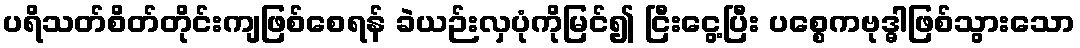
ပရိသတ်စိတ်တိုင်းကျဖြစ်စေရန် ခဲယဉ်းလှပုံကိုမြင်၍ ငြီးငွေ့ပြီး ပစ္စေကဗုဒ္ဓါဖြစ်သွားသော